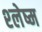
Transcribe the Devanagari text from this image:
श्‍लेष्म